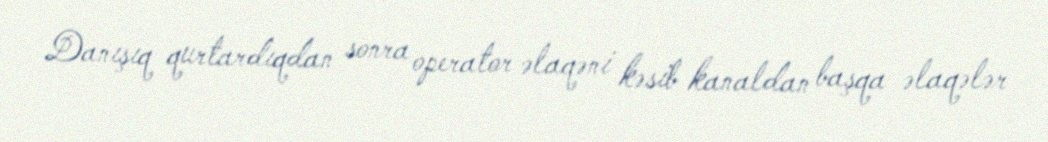
Danışıq qurtardıqdan sonra operator əlaqəni kəsib kanaldan başqa əlaqələr